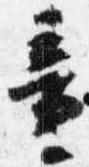
童